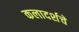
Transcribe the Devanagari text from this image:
कलादर्शचे